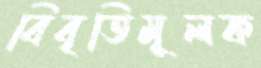
বিবৃতিমূলক